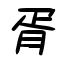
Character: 胥